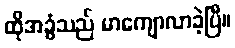
ထိုအခွံသည် မာကျောလာခဲ့ပြီ။